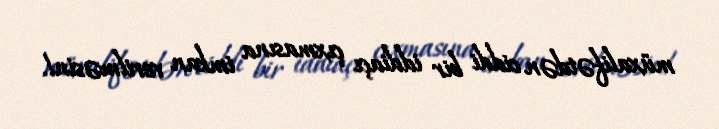
müxalifətdən ciddi bir iddiaçı çıxmasına imkan verilməsin!.